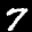
Label: 7